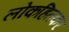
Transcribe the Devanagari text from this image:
लोकहितकर